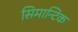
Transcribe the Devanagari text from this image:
सिमान्टिक